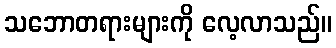
သဘောတရားများကို လေ့လာသည်။